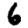
Digit: 6